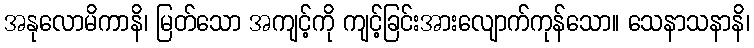
အနုလောမိကာနိ၊ မြတ်သော အကျင့်ကို ကျင့်ခြင်းအားလျောက်ကုန်သော။ သေနာသနာနိ၊